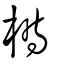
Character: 榯